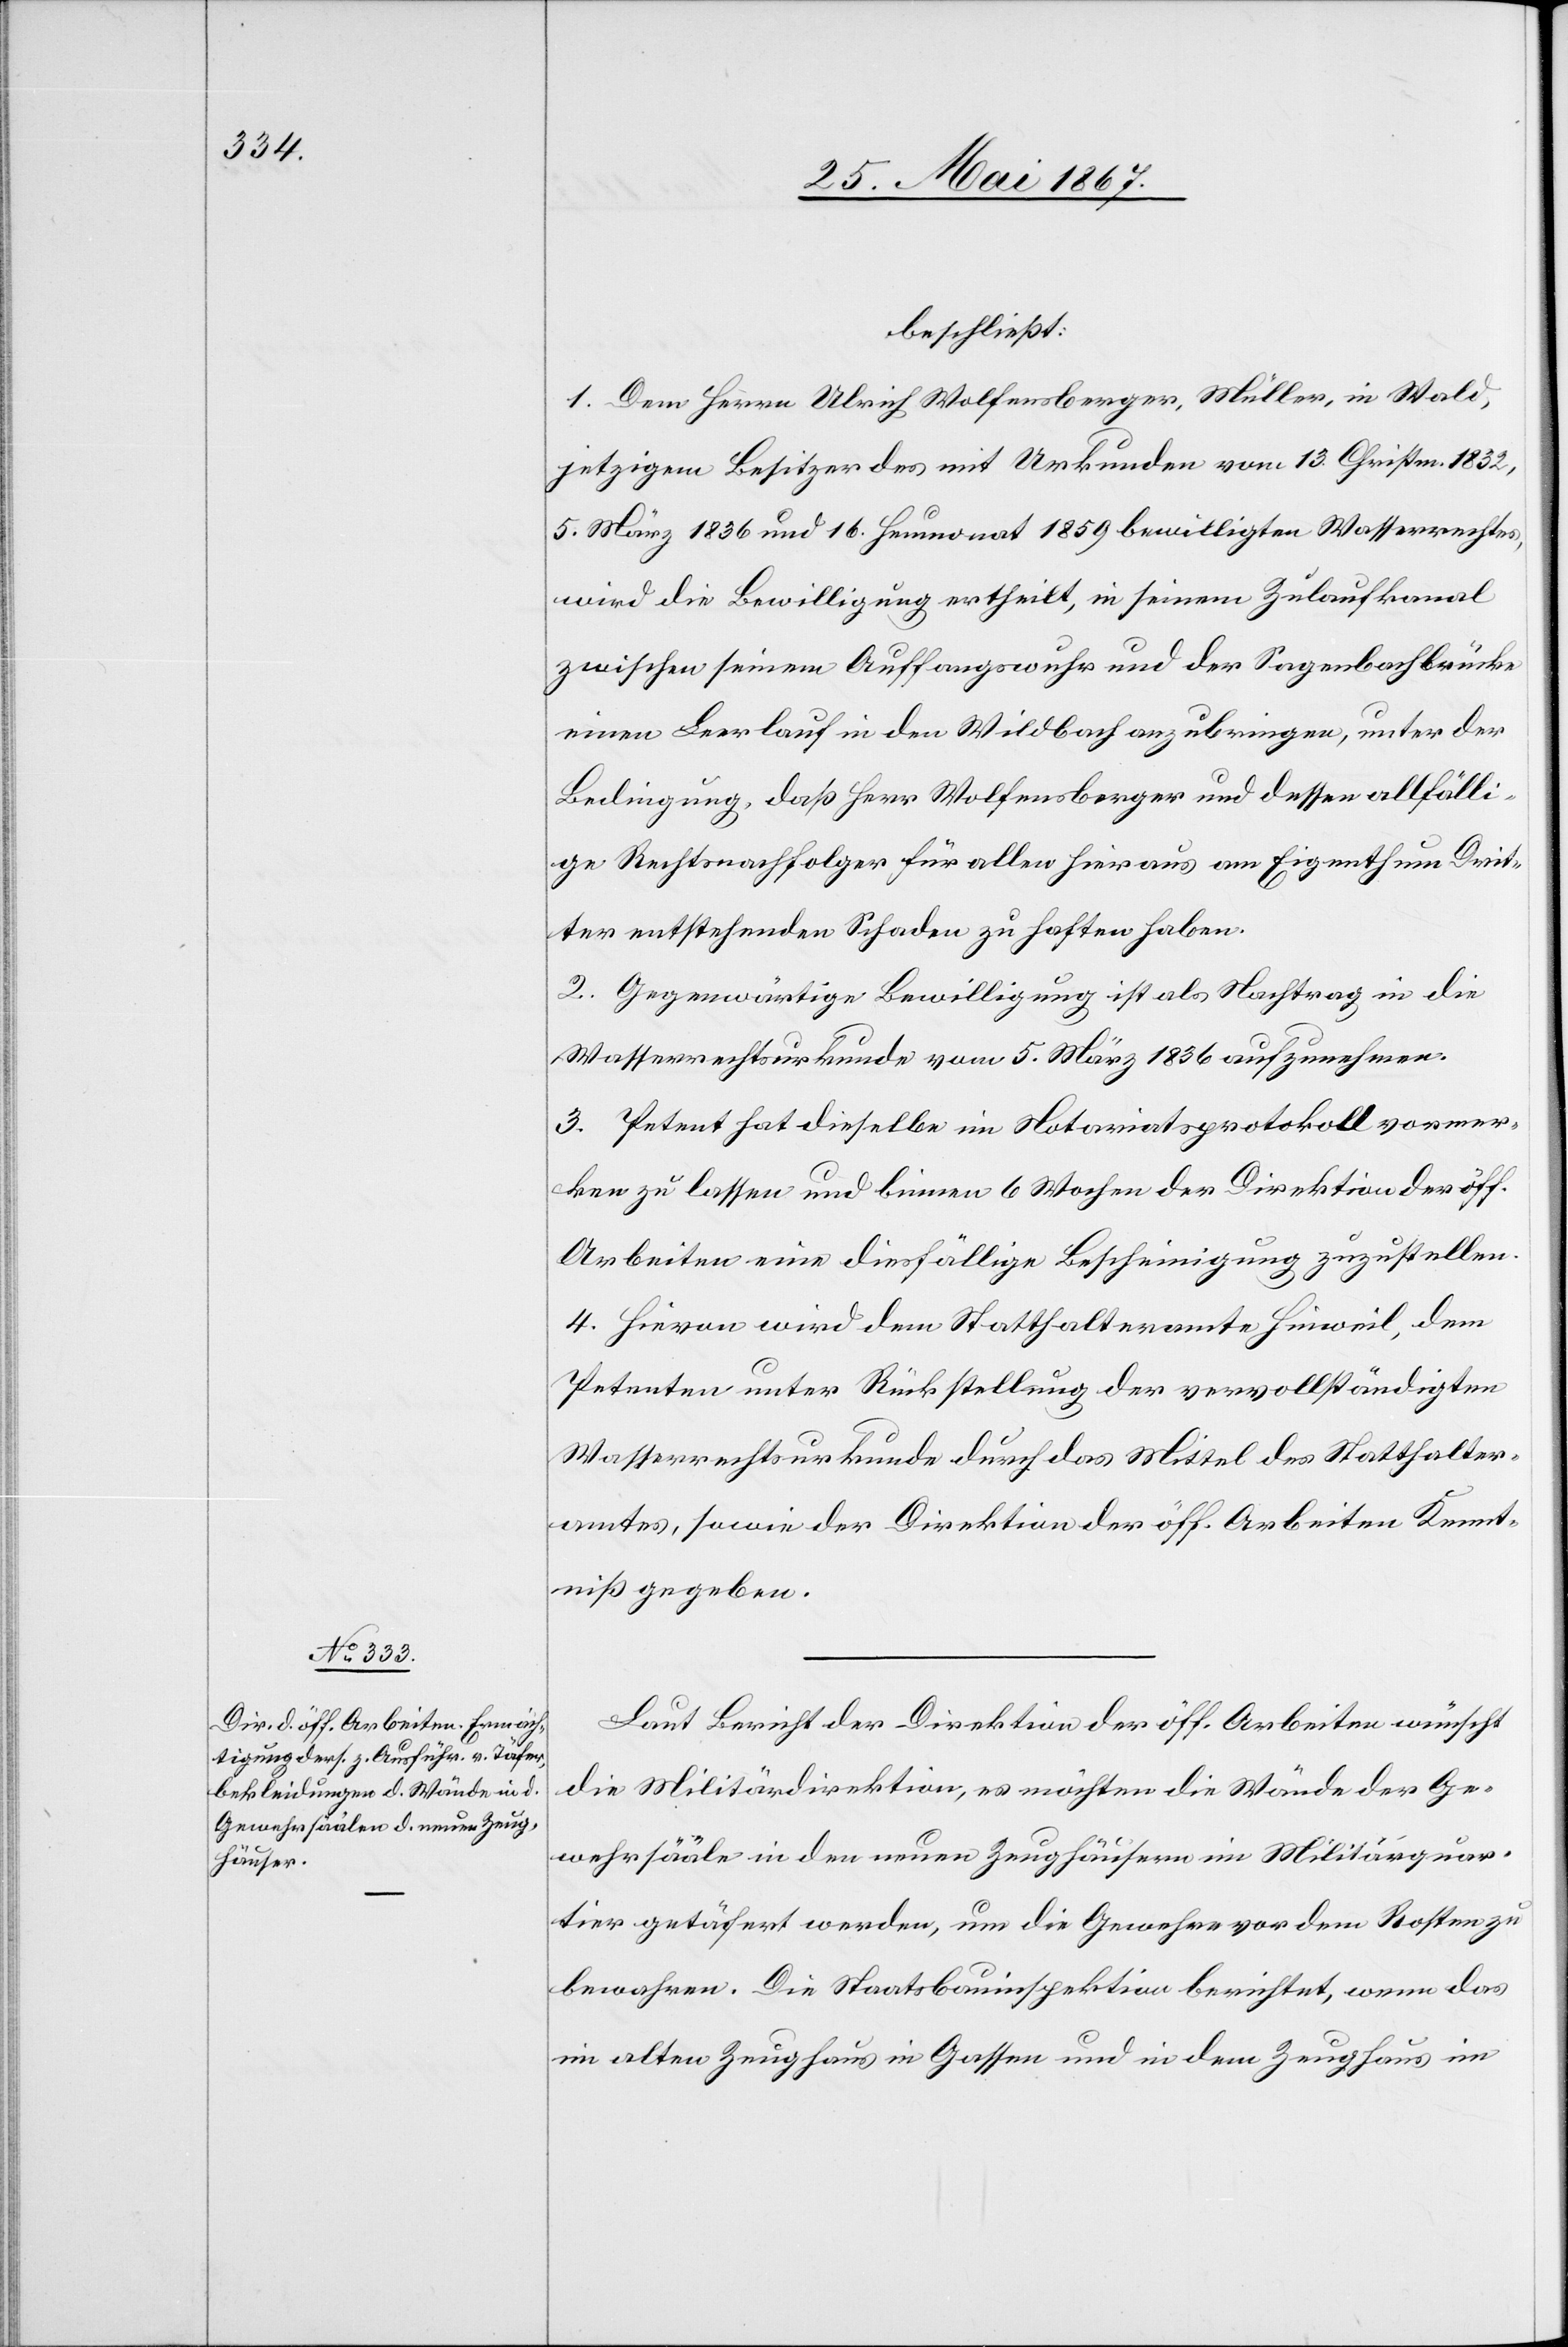
beschließt:
1. Dem Herrn Ulrich Wolfensberger, Müller, in Wald,
jetzigen Besitzer des mit Urkunden vom 13. Christm. 1832,
5. März 1836 und 16. Heumonat 1859 bewilligten Wasserrechtes,
wird die Bewilligung ertheilt, in seinem Zulaufkanal
zwischen seinem Auffangswuhr und der Sagenbachbrücke
einen Leerlauf in den Wildbach anzubringen, unter der
Bedingung, daß Herr Wolfensberger und dessen allfälli¬
ge Rechtsnachfolger für allen hieraus am Eigenthum Drit¬
ter entstehenden Schaden zu haften haben.
2. Gegenwärtige Bewilligung ist als Nachtrag in die
Wasserrechtsurkunde vom 5. März 1836 aufzunehmen.
3. Petent hat dieselbe im Notariatsprotokoll vormer¬
ken zu lassen und binnen 6 Wochen der Direktion der öff.
Arbeiten eine diesfällige Bescheinigung zuzustellen.
4. Hievon wird dem Statthalteramte Hinweil, dem
Petenten unter Rückstellung der vervollständigten
Wasserrechtsurkunde durch das Mittel des Statthalter¬
amtes, sowie der Direktion der öff. Arbeiten Kennt¬
niß gegeben.
Laut Bericht der Direktion der öff. Arbeiten wünscht
die Militärdirektion, es möchten die Wände der Ge¬
wehrsääle in den neuen Zeughäusern im Militärquar¬
tier getäfert werden, um die Gewehre vor dem Rosten zu
bewahren. Die Staatsbauinspektion berichtet, wenn das
im alten Zeughaus in Gassen und in dem Zeughaus im